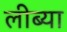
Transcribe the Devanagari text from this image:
लीब्या